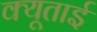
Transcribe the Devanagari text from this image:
क्यूताई